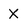
Character: X